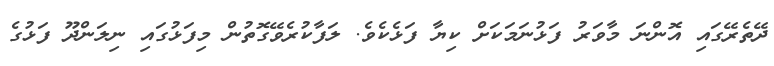
ދޭތެރޭގައި އޮންނަ މާވަރު ފަޅުނަމަކަށް ކިޔާ ފަޅެކެވެ. ލަފާކުރެވޭގޮތުން މިފަޅުގައި ނިލަންދޫ ފަޅުގެ